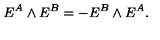
E ^ { A } \wedge E ^ { B } = - E ^ { B } \wedge E ^ { A } .